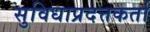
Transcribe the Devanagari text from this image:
सुविधाप्रदत्तकर्ता